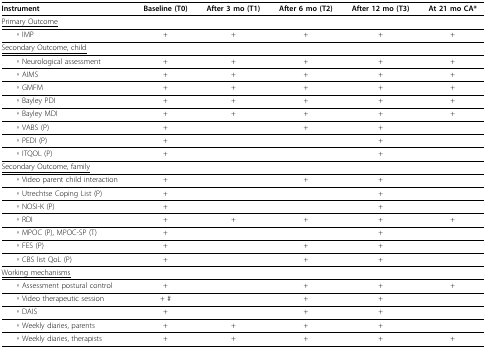
<table><thead><tr><td><b>Instrument</b></td><td><b>Baseline (T0)</b></td><td><b>After 3 mo (T1)</b></td><td><b>After 6 mo (T2)</b></td><td><b>After 12 mo (T3)</b></td><td><b>At 21 mo CA*</b></td></tr></thead><tbody><tr><td><underline>Primary Outcome</underline></td><td></td><td></td><td></td><td></td><td></td></tr><tr><td> ◦ IMP</td><td>+</td><td>+</td><td>+</td><td>+</td><td>+</td></tr><tr><td><underline>Secondary Outcome, child</underline></td><td></td><td></td><td></td><td></td><td></td></tr><tr><td> ◦ Neurological assessment</td><td>+</td><td>+</td><td>+</td><td>+</td><td>+</td></tr><tr><td> ◦ AIMS</td><td>+</td><td>+</td><td>+</td><td>+</td><td>+</td></tr><tr><td> ◦ GMFM</td><td>+</td><td>+</td><td>+</td><td>+</td><td>+</td></tr><tr><td> ◦ Bayley PDI</td><td>+</td><td>+</td><td>+</td><td>+</td><td>+</td></tr><tr><td> ◦ Bayley MDI</td><td>+</td><td>+</td><td>+</td><td>+</td><td>+</td></tr><tr><td> ◦ VABS (P)</td><td>+</td><td></td><td>+</td><td>+</td><td></td></tr><tr><td> ◦ PEDI (P)</td><td>+</td><td></td><td></td><td>+</td><td></td></tr><tr><td> ◦ ITQOL (P)</td><td>+</td><td></td><td></td><td>+</td><td></td></tr><tr><td><underline>Secondary Outcome, family</underline></td><td></td><td></td><td></td><td></td><td></td></tr><tr><td> ◦ Video parent child interaction</td><td>+</td><td></td><td>+</td><td>+</td><td></td></tr><tr><td> ◦ Utrechtse Coping List (P)</td><td>+</td><td></td><td></td><td>+</td><td></td></tr><tr><td> ◦ NOSI-K (P)</td><td>+</td><td></td><td></td><td>+</td><td></td></tr><tr><td> ◦ RDI</td><td>+</td><td>+</td><td>+</td><td>+</td><td>+</td></tr><tr><td> ◦ MPOC (P), MPOC-SP (T)</td><td>+</td><td></td><td></td><td>+</td><td></td></tr><tr><td> ◦ FES (P)</td><td>+</td><td></td><td>+</td><td>+</td><td></td></tr><tr><td> ◦ CBS list QoL (P)</td><td>+</td><td></td><td>+</td><td>+</td><td></td></tr><tr><td><underline>Working mechanisms</underline></td><td></td><td></td><td></td><td></td><td></td></tr><tr><td> ◦ Assessment postural control</td><td>+</td><td></td><td>+</td><td>+</td><td>+</td></tr><tr><td> ◦ Video therapeutic session</td><td>+ #</td><td></td><td>+</td><td>+</td><td></td></tr><tr><td> ◦ DAIS</td><td>+</td><td></td><td>+</td><td>+</td><td></td></tr><tr><td> ◦ Weekly diaries, parents</td><td>+</td><td>+</td><td>+</td><td>+</td><td></td></tr><tr><td> ◦ Weekly diaries, therapists</td><td>+</td><td>+</td><td>+</td><td>+</td><td>+</td></tr></tbody></table>